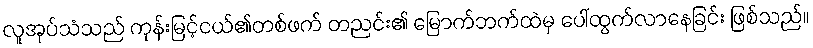
လူအုပ်သံသည် ကုန်းမြင့်ငယ်၏တစ်ဖက် တညင်း၏ မြောက်ဘက်ထဲမှ ပေါ်ထွက်လာနေခြင်း ဖြစ်သည်။